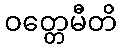
ဝတ္တေမီတိ